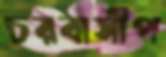
চরবাসীপ